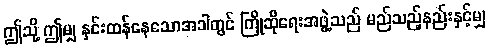
ဤသို့ ဤမျှ နှင်းထန်နေသောအခါတွင် ကြိုဆိုရေးအဖွဲ့သည် မည်သည့်နည်းနှင့်မျှ